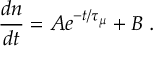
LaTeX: \frac { d n } { d t } = A e ^ { - t / \tau _ { \mu } } + B \; .